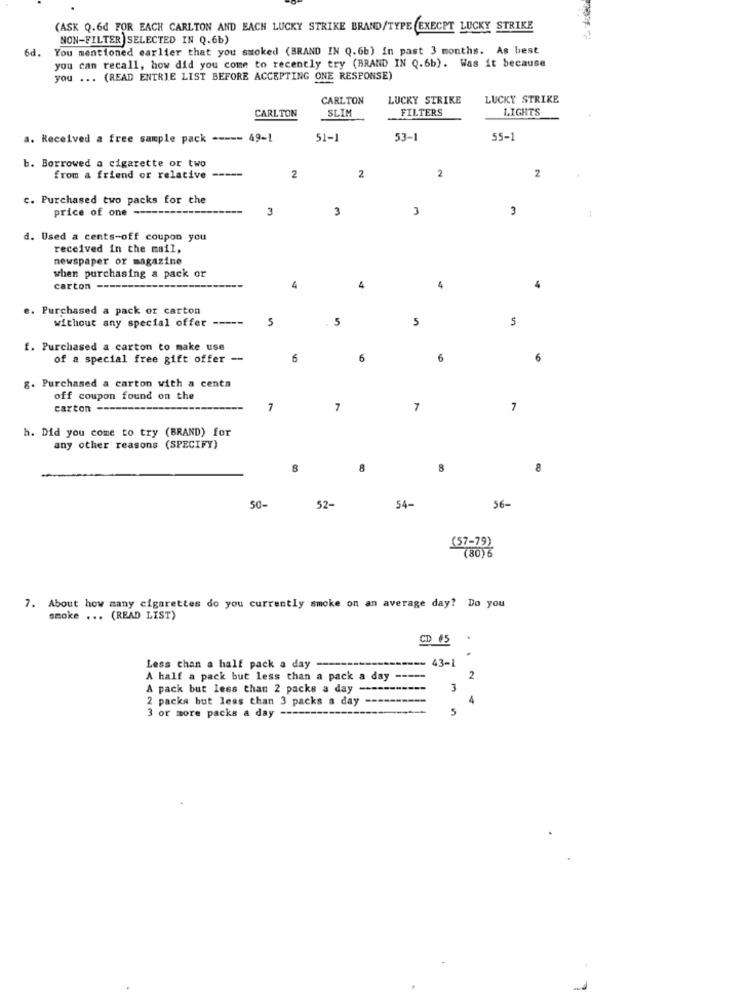
(ASK Q.6d FOR EACH CARLTON AND EACH LUCKY STRIKE BRAND/TYPE EXECPT LUCKY STRIKE
P9
NON-FILTER SELECTED IN Q.6b)
You mentioned earlier that you smoked (BRAND IN Q.6b) in past 3 months. As best
you can recall, how did you come to recently try (BRAND IN Q.6b). Was it because
you ... (READ ENTRIE LIST BEFORE ACCEPTING ONE RESPONSE)
CARLTON
LUCKY STRIKE
LUCKY STRIKE
SLIM
FILTERS
LIGHTS
CARLTON
a. Received a free sample pack ----- 49-1
51-1
53-1
55-
b. Borrowed a cigarette or two
from a friend or relative -----
2
2
2
2
c. Purchased two packs for the
price of one ---
3
3
3
3
d. Used a cents-off coupon you
received in the mail,
newspaper or magazine
when purchasing a pack or
carton --
4
4
4
Purchased a pack or carton
without any special offer -----
5
5
5
5
f. Purchased a carton to make use
of a special free gift offer --
6
6
6
6
g. Purchased a carton with a cents
off coupon found on the
carton --
7
7
7
7
h. Did you come to try (BRAND) for
any other reasons (SPECIFY)
8
8
8
8
50-
52-
54-
56-
(57-79)
(80)6
7. About how many cigarettes do you currently smoke on an average day? Do you
smoke ... (READ LIST)
CD #5
.
.
== 43-1
Less than a half pack a day
A half a pack but less than a pack a day ----
2
A pack but less than 2 packs a day --
3
2 packs but less than 3 packs a day
or more packs a day ---
5